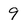
Character: 9